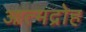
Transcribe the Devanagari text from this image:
आत्मद्रोह